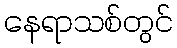
နေရာသစ်တွင်